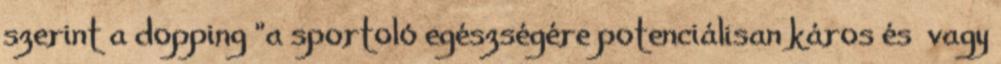
szerint a dopping "a sportoló egészségére potenciálisan káros és vagy